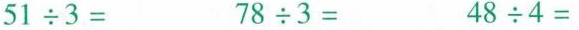
$$51\div 3=$$ $$78\div 3=$$ $$48\div 4=$$